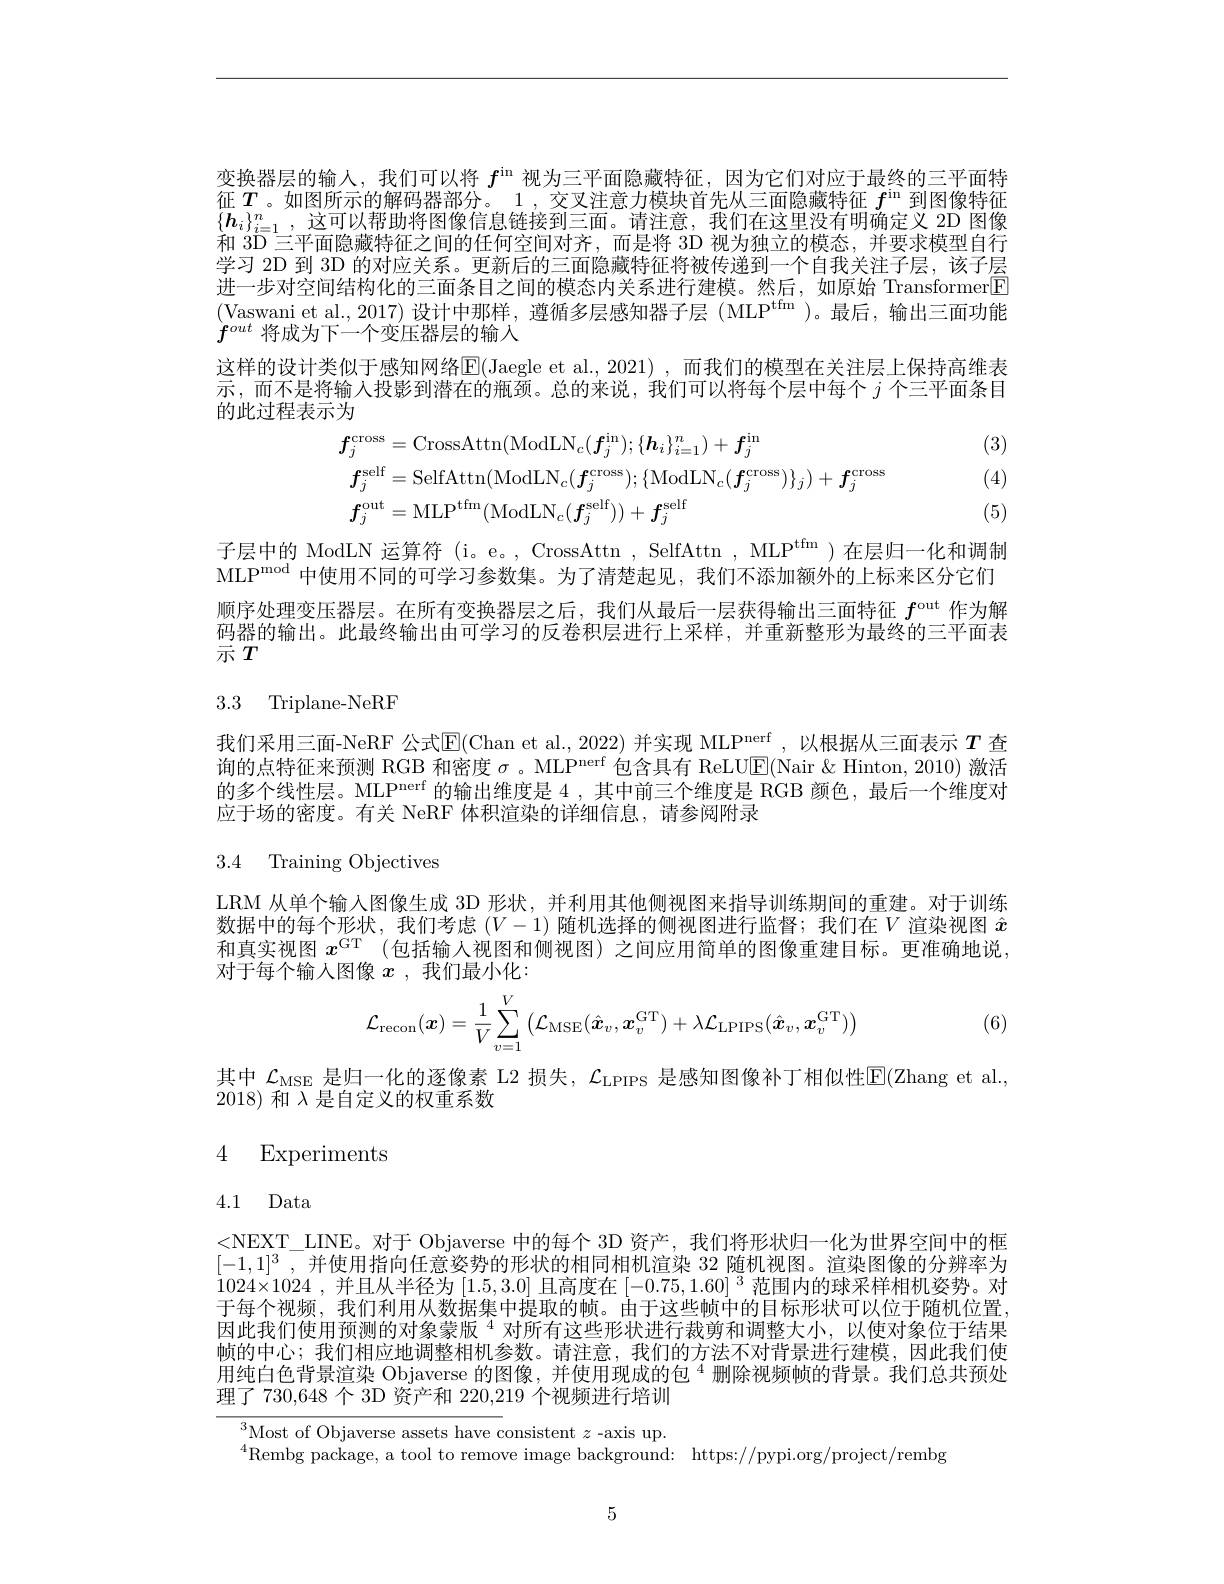
变换器层的输入，我们可以将$f^\mathrm{in}$视为三平面隐藏特征，因为它们对应于最终的三平面特征$\boldsymbol{T}$。如图所示的解码器部分。1 , 交叉注意力模块首先从三面隐藏特征$f^\mathrm{in}$到图像特征$\{\boldsymbol{h}_i\}_{i=1}^n$,这可以帮助将图像信息链接到三面。请注意，我们在这里没有明确定义 2D 图像和 30 二半面隐藏特征之间的任何空间对齐. 而是将 31) 视为独立的程态。并男求植型自行学习 2D 到 3D 的对应关系。更新后的三面隐藏特征将被传递到一个自我关注子层，该子层进一步对空间结构化的三面条目之间的模态内关系进行建模。然后，如原始 Transformer[F] (Vaswani et al., 2017) 设计中那样，遵循多层感知器子层 (MLP$^\mathrm{tfm}$ )。最后，输出三面功能$f^{out}$将成为下一个变压器层的输入
这样的设计类似于感知网络$\boxed{\mathrm{E}}($Jaegle et al.,2021),而我们的模型在关注层上保持高维表示，而不是将输入投影到潜在的瓶颈。总的来说，我们可以将每个层中每个$j$个三平面条目的此过程表示为

(3)
$$\begin{aligned}&\boldsymbol{f}_{j}^{\mathrm{cross}}=\mathrm{CrossAttn}(\mathrm{ModLN}_{c}(\boldsymbol{f}_{j}^{\mathrm{in}});\{\boldsymbol{h}_{i}\}_{i=1}^{n})+\boldsymbol{f}_{j}^{\mathrm{in}}\\&\boldsymbol{f}_{j}^{\mathrm{self}}=\mathrm{SelfAttn}(\mathrm{ModLN}_{c}(\boldsymbol{f}_{j}^{\mathrm{cross}});\{\mathrm{ModLN}_{c}(\boldsymbol{f}_{j}^{\mathrm{cross}})\}_{j})+\boldsymbol{f}_{j}^{\mathrm{cross}}\\&\boldsymbol{f}_{j}^{\mathrm{out}}=\mathrm{MLP}^{\mathrm{tfm}}(\mathrm{ModLN}_{c}(\boldsymbol{f}_{j}^{\mathrm{self}}))+\boldsymbol{f}_{j}^{\mathrm{self}}\end{aligned}$$
(4)

(5)

子层中的 ModLN 运算符 (i。e。, CrossAttn , SelfAttn , MLP$^\mathrm{tfm}$ )在层归一化和调制MLP$^\mathrm{mod}$中使用不同的可学习参数集。为了清楚起见，我们不添加额外的上标来区分它们顺序处理变压器层。在所有变换器层之后，我们从最后一层获得输出三面特征$f^\mathrm{out}$作为解码器的输出。此最终输出由可学习的反卷积层进行上采样，并重新整形为最终的三平面表示$T$

## 3.3 Triplane-NeRF

我们采用三面-NeRF 公式$\mathbb{E}($Chan et al., 2022) 并实现 MLP$^\mathrm{nerf}$ ,以根据从三面表示 $T$ 查询的点特征来预测 RGB 和密度$\sigma$。MLP$^\mathrm{nerf}$包含具有 ReLU$\overline{\mathbb{E}}($Nair &Hinton, 2010) 激活的多个线性层。MLP$^\text{nerf}$的输出维度是 4 ,其中前三个维度是 RGB 颜色，最后一个维度对应于场的密度。有关 NeRF 体积渲染的详细信息，请参阅附录

3.4 Training Objectives

LRM 从单个输入图像生成 3D 形状，并利用其他侧视图来指导训练期间的重建。对于训练数据中的每个形状，我们考虑$(V-1)$随机选择的侧视图进行监督；我们在$V$渲染视图$\hat{x}$ 和真实视图$x^\mathrm{GT}$ (包括输入视图和侧视图)之间应用简单的图像重建目标。更准确地说， 对于每个输入图像$x$ ,我们最小化：
$$\mathcal{L}_{\mathrm{recon}}(\boldsymbol{x})=\frac{1}{V}\sum_{v=1}^{V}\left(\mathcal{L}_{\mathrm{MSE}}(\hat{\boldsymbol{x}}_{v},\boldsymbol{x}_{v}^{\mathrm{GT}})+\lambda\mathcal{L}_{\mathrm{LPIPS}}(\hat{\boldsymbol{x}}_{v},\boldsymbol{x}_{v}^{\mathrm{GT}})\right)$$
(6)

其中$\mathcal{L}_\mathrm{MSE}$是归一化的逐像素 L2 损失，$\mathcal{L}_\mathrm{LPIPS}$是感知图像补丁相似性$\boxed{\mathrm{E}}($Zhang et al.,
2018)和$\lambda$是自定义的权重系数

# 4 Experiments

# 4.1 Data

<NEXT\_LINE。对于 Objaverse 中的每个 3D 资产，我们将形状归一化为世界空间中的框$[-1,1]^3$,并使用指向任意姿势的形状的相同相机渲染 32 随机视图。渲染图像的分辨率为$1024\times1024$ ,并且从半径为[1.5,3.0]且高度在$[-0.75,1.60]^3$范围内的球采样相机姿势。对于每个视频，我们利用从数据集中提取的帧。由于这些帧中的目标形状可以位于随机位置， 因此我们使用预测的对象蒙版$^{4}$对所有这些形状进行裁剪和调整大小，以使对象位于结果帧的中心；我们相应地调整相机参数。请注意，我们的方法不对背景进行建模，因此我们使用纯白色背景渲染 Objaverse 的图像，并使用现成的包 $^{4}$删除视频帧的背景。我们总共预处理了 730,648 个 3D 资产和 220,219 个视频进行培训

Most of Objaverse assets have consistent $z$-axis up.
$^{4}$Rembg package, a tool to remove image background: https://pypi.org/project/rembg

5